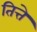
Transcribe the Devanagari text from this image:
तित्ते